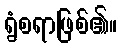
ရွံစရာဖြစ်၏။